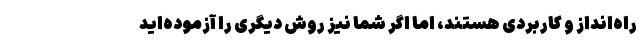
راه‌انداز و کاربردی هستند، اما اگر شما نیز روش دیگری را آزموده‌­اید